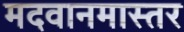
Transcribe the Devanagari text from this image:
मदवानमास्तर